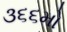
૩૬૬મો